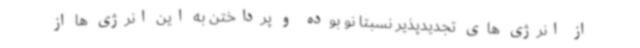
از انرژی های تجدیدپذیر نسبتا نو بوده و پرداختن به این انرژی ها از